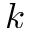
k